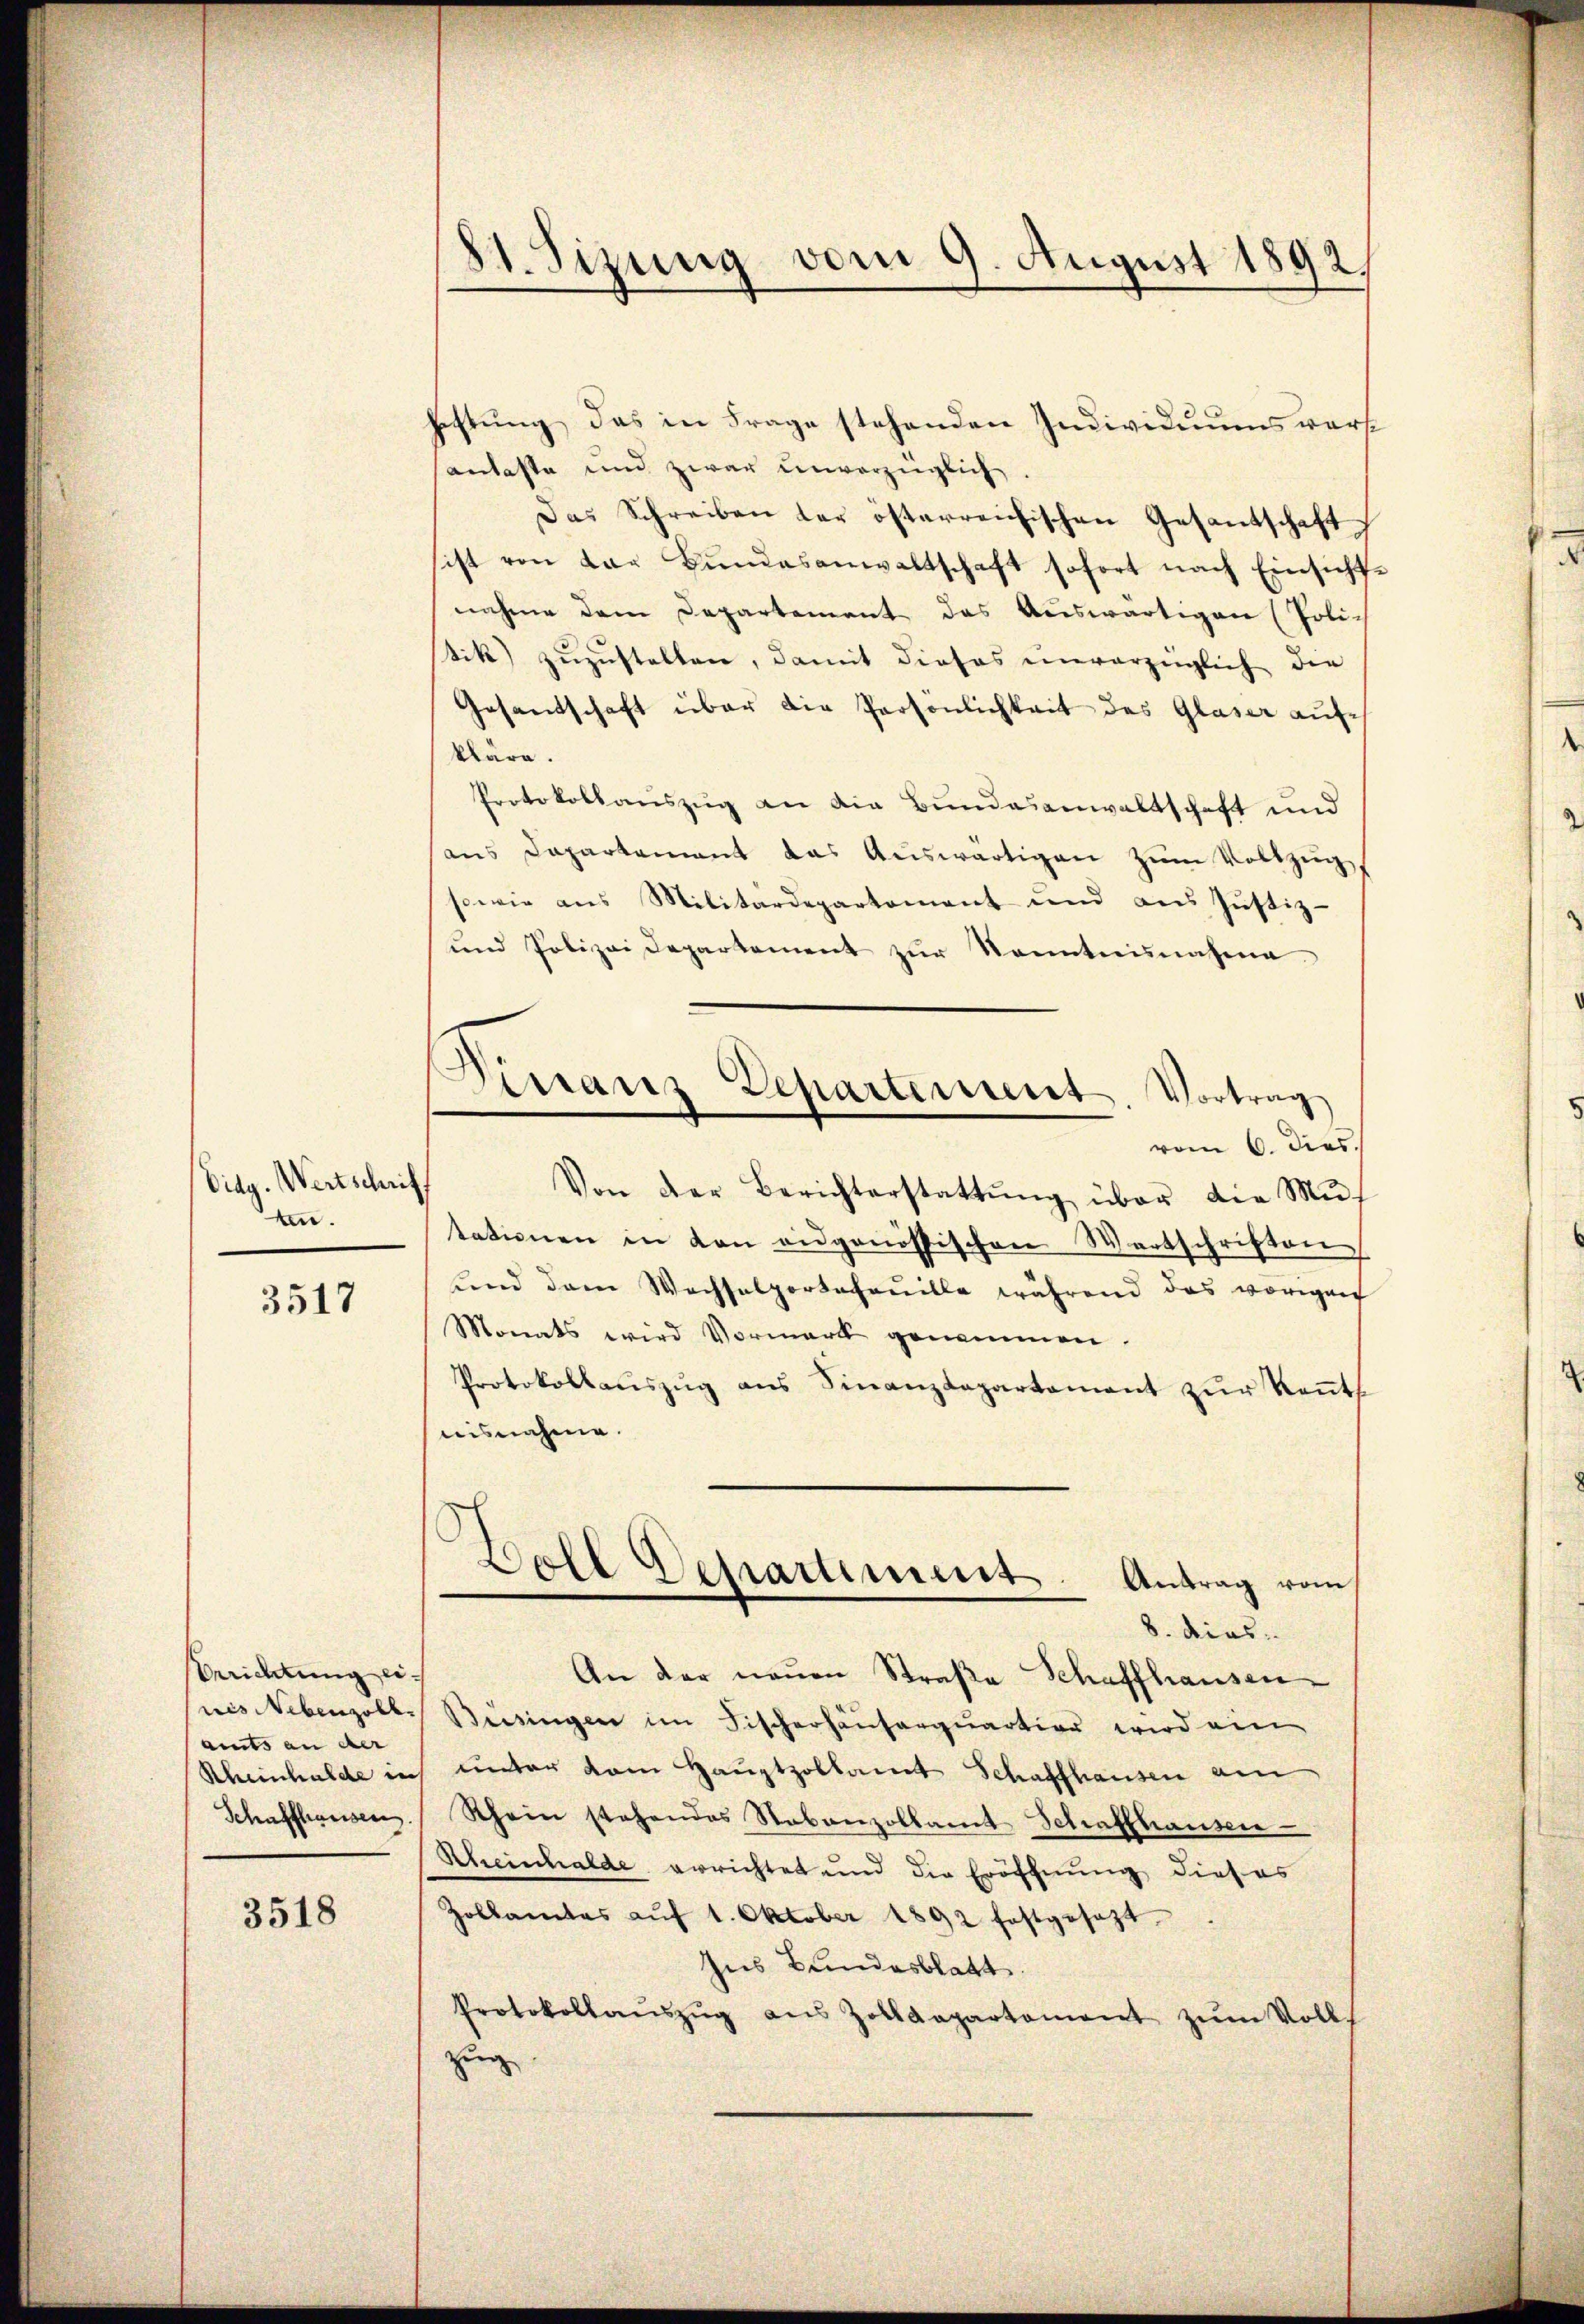
Eidg. Wertschrif
an.

3517

Errichtung eines Nebenzoll.
amts an der |
Rheinhalde in
Schaffhaussen.

3518

81. Sizung vom 9. August 1892,

hestung, das in Frage stehenden Individuums versantaste und zwar unverzüglich.
Das Schreiben der österreichischen Gesantschaft
sist von der Bŭndesanwaltschaft sofort nach Einsicht-
nahme dem Departement das Auswärtigen (Poli-
tik) zuzustellen, damit dieses unvorzüglich die
Gesantschaft über die Persönlichkeit des Glaser aufkläre.
Protokollauszug an die Bundesanwaltschaft und
aus Departement das Auswärtigen zum Vollzug
sowie aus Militärdepartement und aus Justiz-
und Polizei Departement zŭr Kenntnisnahme
vom 6. dies.
Von der Berichterstattŭng über die Mŭ-
tationen in den eidgenössischen Wertschriften
lind dem Wechselportafouille während das vorauf
Monats wird Vormark genommen.
Protokollaŭszŭg ans Sinanzdepartement zŭr Keṅt
nisnahme.
Bell Departement. Antrag vom
.
8. dies
An der neŭen Straße Schaffhausen
Beisingen im Fischerhausarquartion wird ein
unter vom Hauptzollamt Schaffhausen am
Rhein stehendes Stabanzollamt Schaffhausen
Scheinhalde errichtet und die Eröffnung dieses
Zollamtes aŭf 1. Oktober 1892 festgesetzt.
Ins Bundesblatt.
Protokollaŭszŭg aus Zolldepartement zŭm Voll
zug

Dirranz Departement. Vortrag